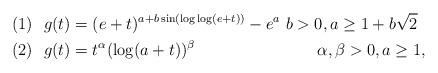
LaTeX: \begin{align*}&(1) \ \ g(t) = (e+t)^{a+b\sin(\log\log(e+t))}-e^a\ b>0, a\geq 1+b\sqrt{2}\\&(2) \ \ g(t) = t^\alpha(\log(a+t))^\beta \qquad\qquad\qquad\quad\, \ \alpha,\beta>0, a\geq 1, \end{align*}